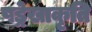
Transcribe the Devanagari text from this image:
षड्रेखाकृति